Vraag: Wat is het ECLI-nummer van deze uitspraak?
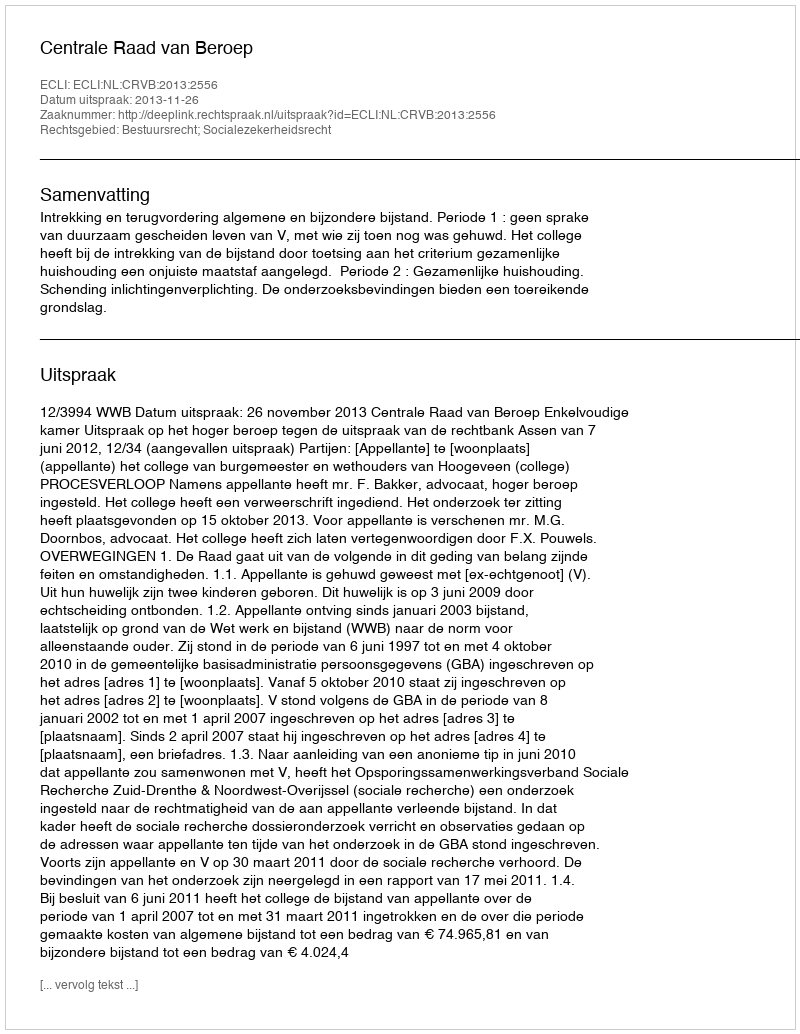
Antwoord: ECLI:NL:CRVB:2013:2556